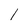
Character: l